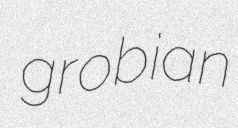
grobian